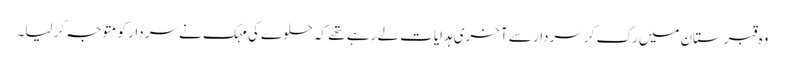
وہ قبرستان میں رک کر سردار سے آخری ہدایات لے رہے تھے کہ حلوے کی مہک نے سردار کو متوجہ کر لیا۔